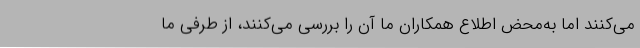
می‌کنند اما به‌محض اطلاع همکاران ما آن را بررسی می‌کنند، از طرفی ما